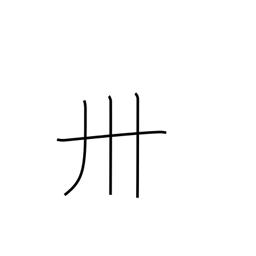
Meaning: thirty